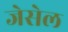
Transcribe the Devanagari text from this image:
जेसेल